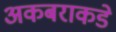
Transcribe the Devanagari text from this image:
अकबराकडे